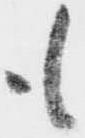
も